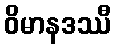
ဝိမာနဒဿီ